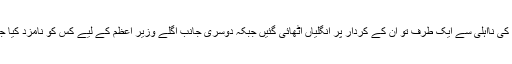
ذرائع کے مطابق میاں نواز شریف کی نااہلی سے ایک طرف تو ان کے کردار پر انگلیاں اٹھائی گئیں جبکہ دوسری جانب اگلے وزیر اعظم کے لیے کس کو نامزد کیا جائے یہ مسئلہ بھی کھڑا ہو گیا ہے۔